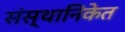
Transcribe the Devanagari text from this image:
संस्थानिकेत